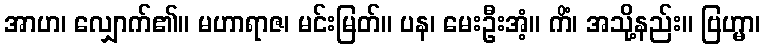
အာဟ၊ လျှောက်၏။ မဟာရာဇ၊ မင်းမြတ်။ ပန၊ မေးဦးအံ့။ ကိံ၊ အသို့နည်း။ ဗြဟ္မာ၊